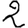
Digit: 2